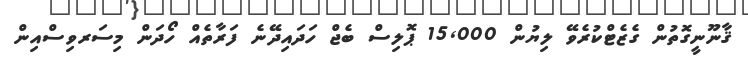
ޤާނޫނީގޮތުން ގެޒެޓްކުރެވޭ ލިޔުން 15